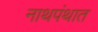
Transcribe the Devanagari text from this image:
नाथपंथात